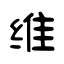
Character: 维